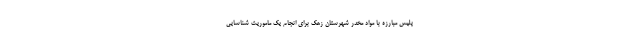
پلیس مبارزه با مواد مخدر شهرستان زهک برای انجام یک ماموریت شناسایی